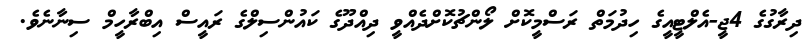
ދިރާގުގެ 4ޖީ-އެލްޓީއީގެ ހިދުމަތް ރަސްމީކޮށް ލޯންޗުކޮށްދެއްވީ ދިއްދޫގެ ކައުންސިލްގެ ރައީސް އިބްރާހީމް ސިނާނެވެ.